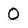
Character: O